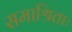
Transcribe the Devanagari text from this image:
समाश्रिताः